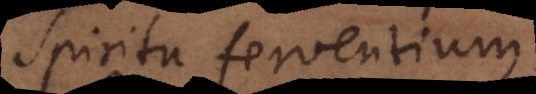
Spiritu ferventium.